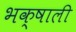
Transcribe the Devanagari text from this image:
भक्षाली